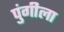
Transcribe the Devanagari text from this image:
पुंगीला